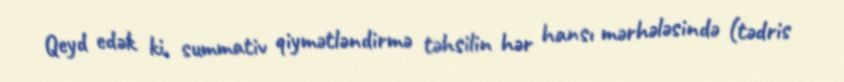
Qeyd edək ki, summativ qiymətləndirmə təhsilin hər hansı mərhələsində (tədris